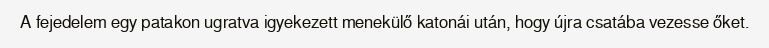
A fejedelem egy patakon ugratva igyekezett menekülő katonái után, hogy újra csatába vezesse őket.